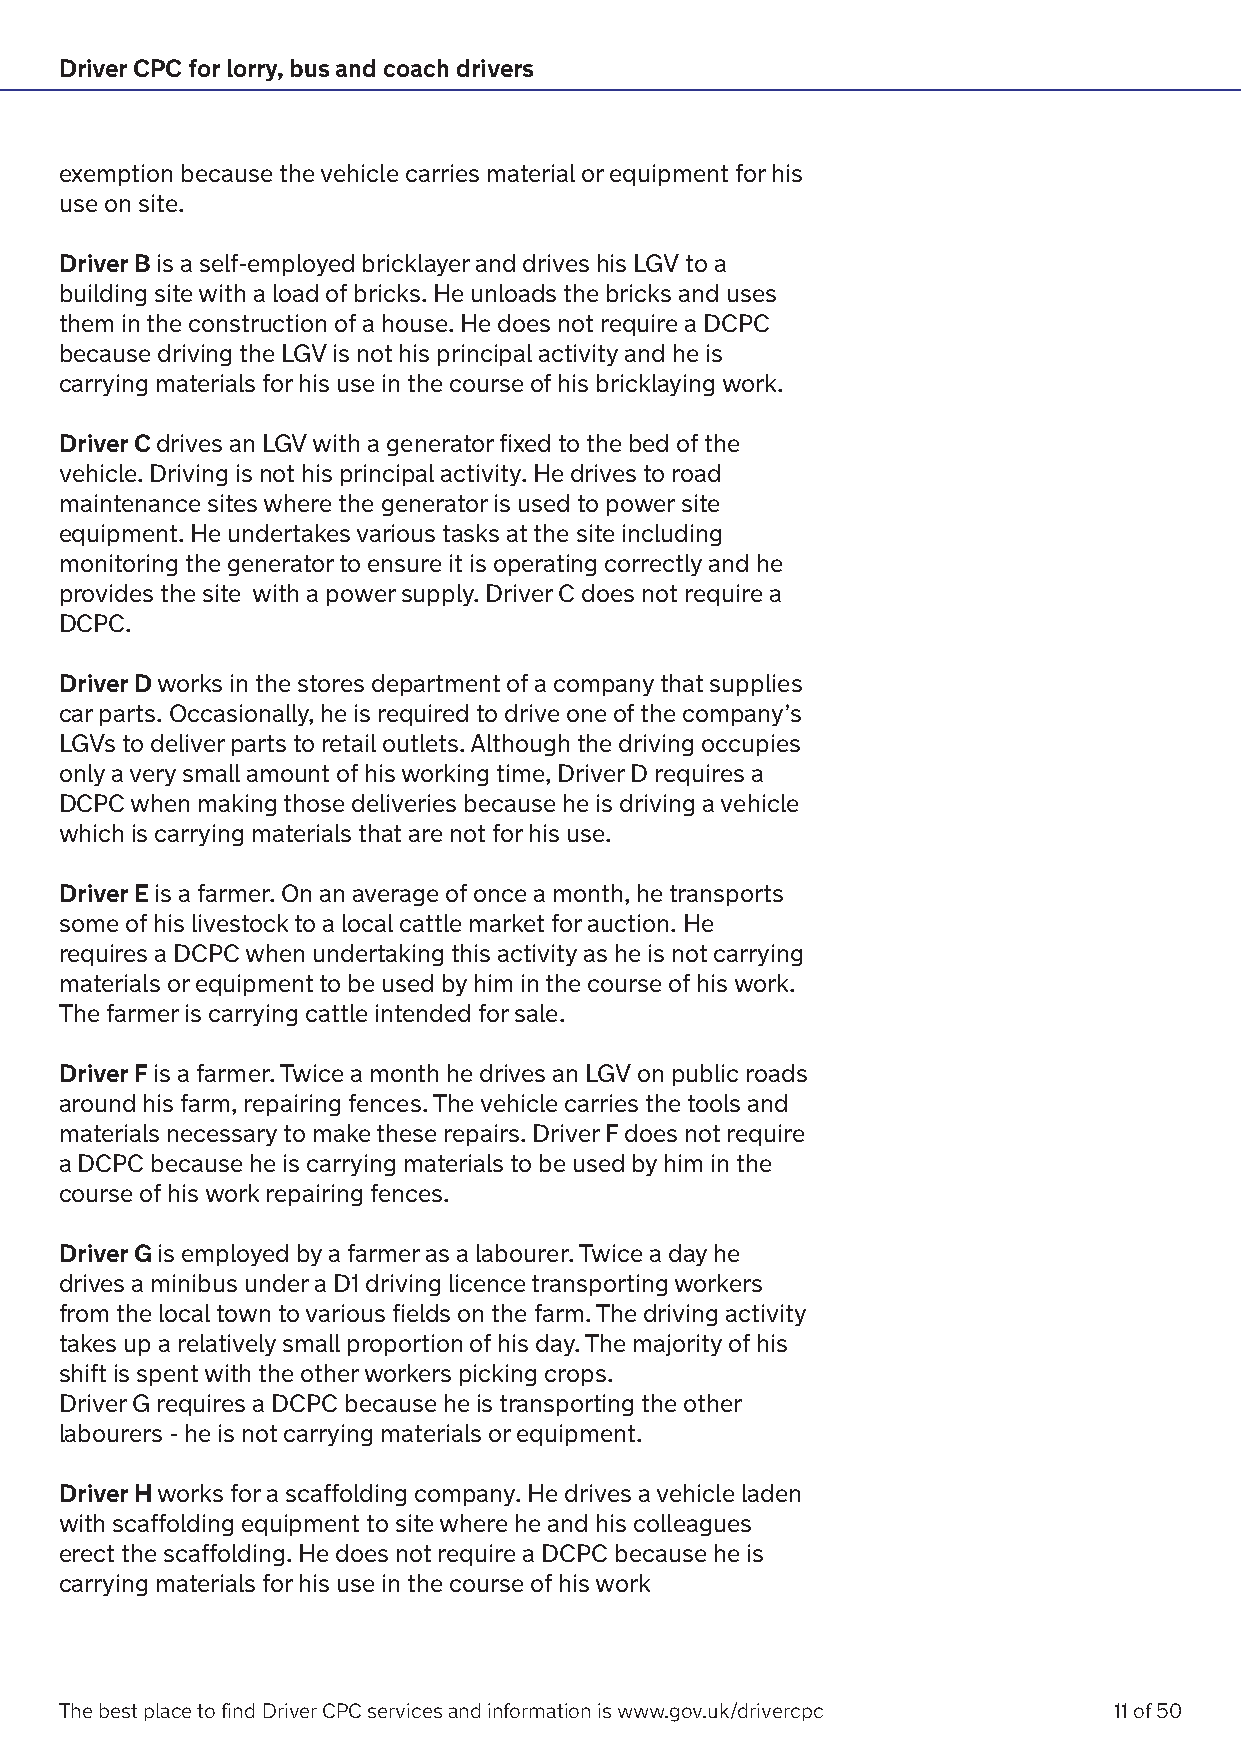
Driver CPC for lorry, bus and coach drivers
 exemption because the vehicle carries material or equipment for his
 use on site.
 Driver B is a self-employed bricklayer and drives his LGV to a
 building site with a load of bricks. He unloads the bricks and uses
 them in the construction of a house. He does not require a DCPC
 because driving the LGV is not his principal activity and he is
 carrying materials for his use in the course of his bricklaying work.
 Driver C drives an LGV with a generator fixed to the bed of the
 vehicle. Driving is not his principal activity. He drives to road
 maintenance sites where the generator is used to power site
 equipment. He undertakes various tasks at the site including
 monitoring the generator to ensure it is operating correctly and he
 provides the site with a power supply. Driver C does not require a
 DCPC.
 Driver D works in the stores department of a company that supplies
 car parts. Occasionally, he is required to drive one of the company’s
 LGVs to deliver parts to retail outlets. Although the driving occupies
 only a very small amount of his working time, Driver D requires a
 DCPC when making those deliveries because he is driving a vehicle
 which is carrying materials that are not for his use.
 Driver E is a farmer. On an average of once a month, he transports
 some of his livestock to a local cattle market for auction. He
 requires a DCPC when undertaking this activity as he is not carrying
 materials or equipment to be used by him in the course of his work.
 The farmer is carrying cattle intended for sale.
 Driver F is a farmer. Twice a month he drives an LGV on public roads
 around his farm, repairing fences. The vehicle carries the tools and
 materials necessary to make these repairs. Driver F does not require
 a DCPC because he is carrying materials to be used by him in the
 course of his work repairing fences.
 Driver G is employed by a farmer as a labourer. Twice a day he
 drives a minibus under a D1 driving licence transporting workers
 from the local town to various fields on the farm. The driving activity
 takes up a relatively small proportion of his day. The majority of his
 shift is spent with the other workers picking crops.
 Driver G requires a DCPC because he is transporting the other
 labourers - he is not carrying materials or equipment.
 Driver H works for a scaffolding company. He drives a vehicle laden
 with scaffolding equipment to site where he and his colleagues
 erect the scaffolding. He does not require a DCPC because he is
 carrying materials for his use in the course of his work
 The best place to find Driver CPC services and information is www.gov.uk/drivercpc 11 of 50